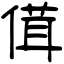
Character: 傇